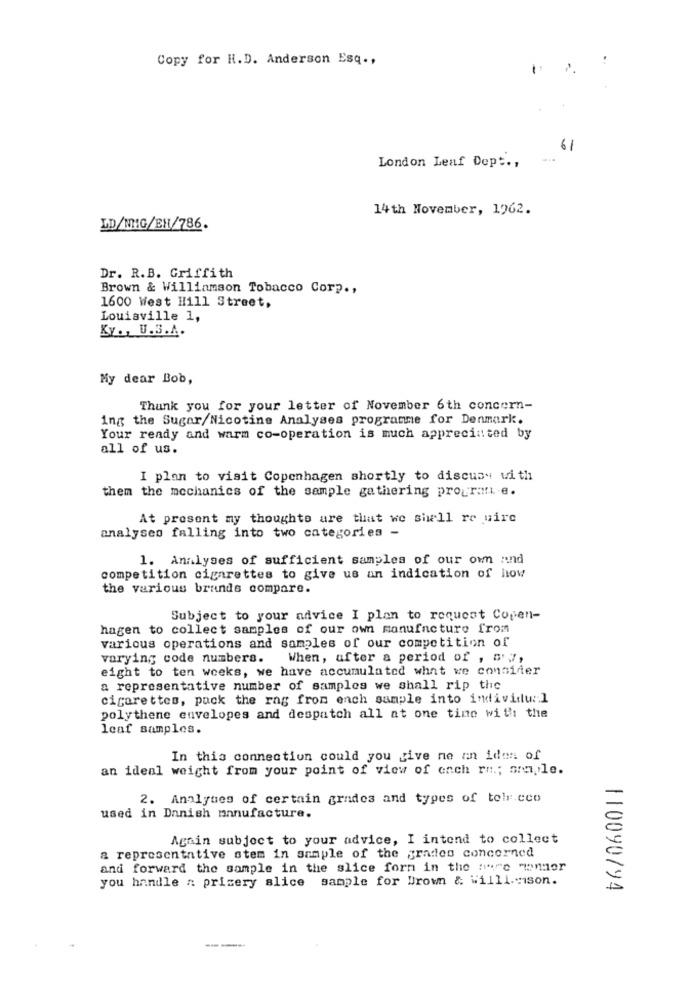
Copy for H.D. Anderson Esq .,
61
London Leaf Dept .,
-..
14th November, 1962.
LD/NHG/EH/786.
Dr. R.B. Griffith
Brown & Williamson Tobacco Corp .,
1600 West Hill Street,
Louisville 1,
Ky ., U.S.A.
My dear Bob,
Thank you for your letter of November 6th concern-
ing the Sugar/Nicotine Analyses programme for Denmark.
Your ready and warm co-operation is much appreciated by
all of us.
I plan to visit Copenhagen shortly to discuss with
them the mechanics of the sample gathering prograf e.
At present my thoughts are that we shall re uire
analyses falling into two categories -
1. Analyses of sufficient samples of our own and
competition cigarettes to give us an indication of low
the various brands compare.
Subject to your advice I plan to request Copen-
hagen to collect samples of our own manufacture from
various operations and samples of our competition of
varying code numbers. When, after a period of , "'7,
eight to ten weeks, we have accumulated what we consider
a representative number of samples we shall rip the
cigarettes, pack the rag from ench sample into individual
polythene envelopes and despatch all at one time with the
leaf samples.
In this connection could you give ne an idan of
an ideal weight from your point of view of each rn .; ample.
2. Analynes of certain grades and types of toba cco
used in Danish manufacture.
Again subject to your advice, I intend to collect
a representative stem in sample of the grades concerned
and forward the sample in the slice forn in the try"e "wonmor
you handle a prizery slice sample for Brown & Willl. ison.
110090/94
----